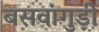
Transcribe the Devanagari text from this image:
बसवांगुड़ी